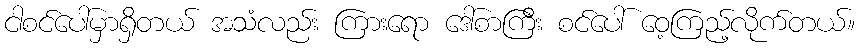
ငါစင်ပေါ်မှာရှိတယ် အသံလည်း ကြားရော ဒေါ်စာကြီး စင်ပေါ် ဝေ့ကြည့်လိုက်တယ်။